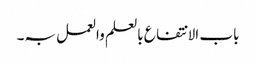
باب الا نتفاع بالعلم والعمل بہ۔